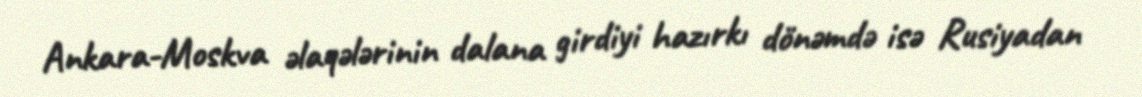
Ankara-Moskva əlaqələrinin dalana girdiyi hazırkı dönəmdə isə Rusiyadan